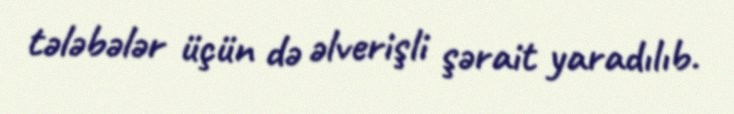
tələbələr üçün də əlverişli şərait yaradılıb.